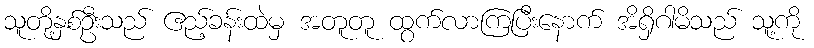
သူတို့နှစ်ဦးသည် ဧည့်ခန်းထဲမှ အတူတူ ထွက်လာကြပြီးနောက် အိရှိဂါမိသည် သူ့ကို